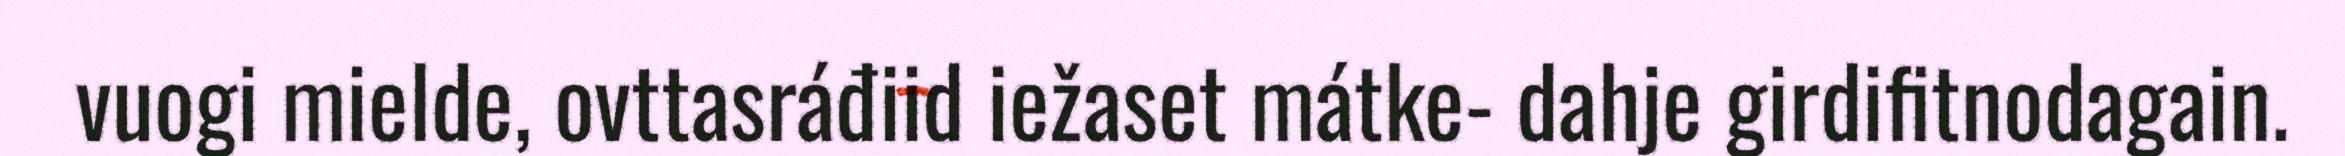
vuogi mielde, ovttasráđiid iežaset mátke- dahje girdifitnodagain.